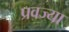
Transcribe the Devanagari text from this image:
प्रवज्या